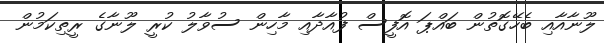
ލޫނާއާއި ބެހޭގޮތުން ބައްޕަ އޮފީސް ފުއާދާއި މާހިން ސުވާލު ކުރީ ލޫނާގެ ރީތިކަމުން